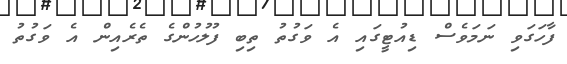
ފާހަގަވި ނަމަވެސް ޑިއުޓީގައި އެ ވަގުތު ތިބި ފުލުހުންގެ ތެރެއިން އެ ވަގުތު